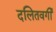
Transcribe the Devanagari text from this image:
दलितवर्गी